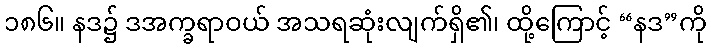
၁၈၆။ နဒ၌ ဒအက္ခရာဝယ် အသရဆုံးလျက်ရှိ၏၊ ထို့ကြောင့် “နဒ”ကို